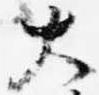
大